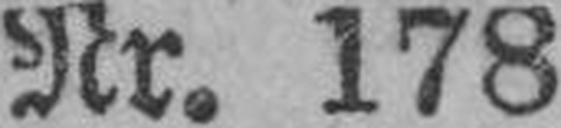
Nr. 178